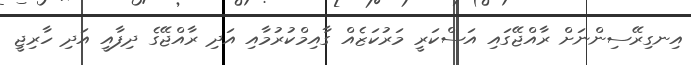
އިނގިރޭސިންނަށް ރާއްޖޭގައި އަސްކަރީ މަރުކަޒެއް ގާއިމްކުރުމާއި އަދި ރާއްޖޭގެ ދިފާއީ އަދި ހާރިޖީ